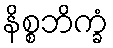
နိစ္စဘိက္ခံ